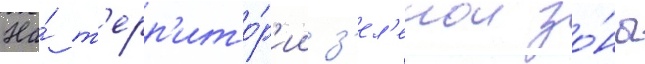
На́ т'ерр'ито́р'ии з'ел'енои зо́ны